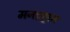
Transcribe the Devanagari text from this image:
मनहट्टान